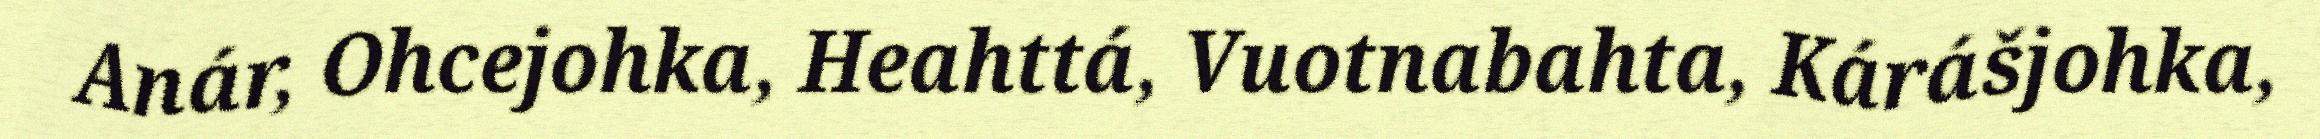
Anár, Ohcejohka, Heahttá, Vuotnabahta, Kárášjohka,